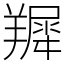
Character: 𦎾